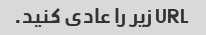
URL زیر را عادی کنید.